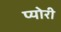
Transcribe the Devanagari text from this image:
प्योरी